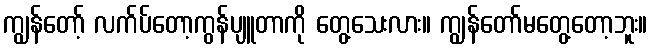
ကျွန်တော့် လက်ပ်တော့ကွန်ပျူတာကို တွေ့သေးလား။ ကျွန်တော်မတွေ့တော့ဘူး။